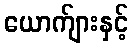
ယောက်ျားနှင့်